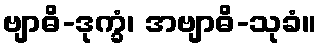
ဗျာဓိ-ဒုက္ခံ၊ အဗျာဓိ-သုခံ။